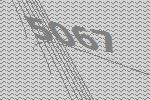
5067